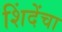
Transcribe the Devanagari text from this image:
शिंदेंचा